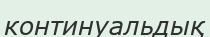
континуальдық